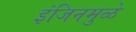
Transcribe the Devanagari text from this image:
इंजिनमुळे